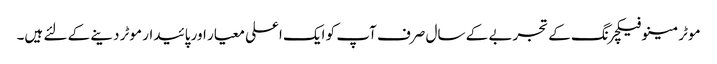
موٹر مینوفیکچرنگ کے تجربے کے سال صرف آپ کو ایک اعلی معیار اور پائیدار موٹر دینے کے لئے ہیں۔